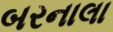
બરનાલા